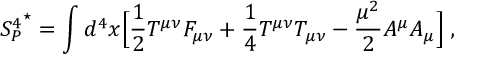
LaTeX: { S _ { P } ^ { 4 } } ^ { \star } = \int d ^ { 4 } x \Bigl [ { \frac { 1 } { 2 } } T ^ { \mu \nu } F _ { \mu \nu } + { \frac { 1 } { 4 } } T ^ { \mu \nu } T _ { \mu \nu } - { \frac { { \mu } ^ { 2 } } { 2 } } A ^ { \mu } A _ { \mu } \Bigl ] \; ,